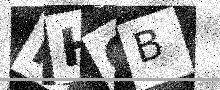
Text: KHOB